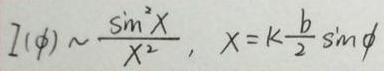
$I(\phi)\sim\frac{\sin^{2}X}{X^{2}},\ X = k\frac{b}{2}\sin\phi$